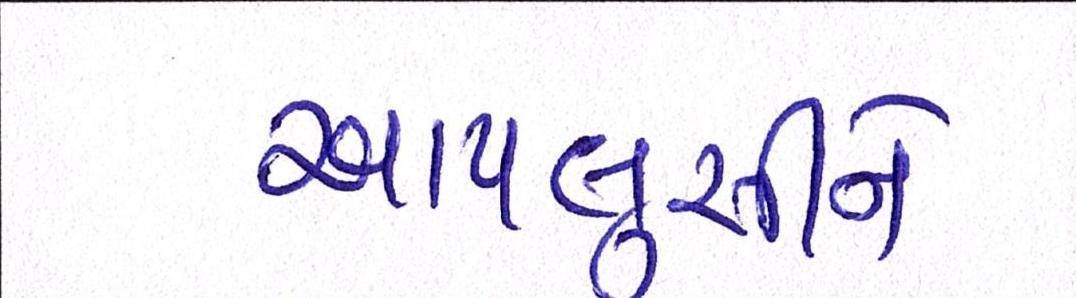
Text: ચાપલુસીને